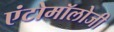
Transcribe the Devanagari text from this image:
एंटोमॉलोजी